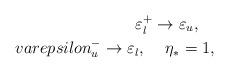
LaTeX: \begin{align*}\varepsilon^+_l \rightarrow \varepsilon_u, \ \ \ \\varepsilon^-_u \rightarrow \varepsilon_l, \ \ \ \, \eta_* = 1,\end{align*}